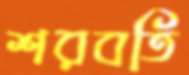
শরবতি